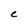
Character: C